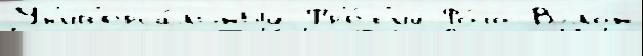
Ун'ив'ерса́льный Тр'е́т'ий Фо́то Вэлон